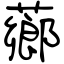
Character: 薌